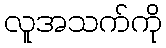
လူအသက်ကို